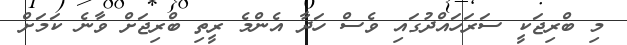
މި ބްރިޖަކީ ސަރަހައްދުގައި ވެސް ހަދާ އެންމެ ރީތި ބްރިޖަށް ވާނެ ކަމަށް